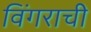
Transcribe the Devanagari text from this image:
विंगराची